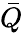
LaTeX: \bar{Q}